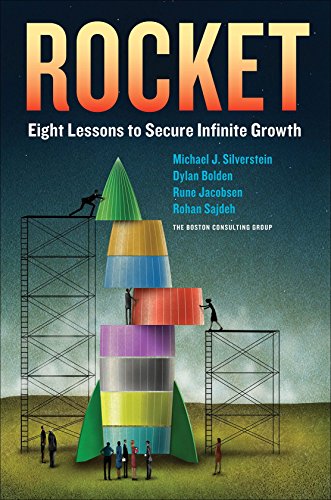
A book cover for Rocket: Eight Lessons to Secure Infinite Growth; Michael J. Silverstein; Business & Money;